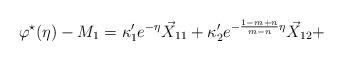
LaTeX: \begin{align*} \varphi^\star(\eta) - M_1 = \kappa'_1e^{-\eta} \vec{X}_{11} + \kappa'_2e^{- \frac{1-m+n}{m-n}\eta} \vec{X}_{12} + \end{align*}